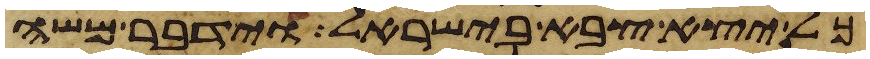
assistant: כל יצא צבא בישראל וידבר משה